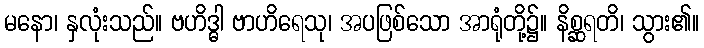
မနော၊ နှလုံးသည်။ ဗဟိဒ္ဓါ ဗာဟိရေသု၊ အပဖြစ်သော အာရုံတို့၌။ နိစ္ဆရတိ၊ သွား၏။